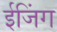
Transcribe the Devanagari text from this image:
ईजिंग